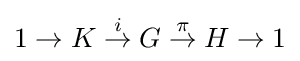
1\to K{\stackrel {i}{{}\to {}}}G{\stackrel {\pi }{{}\to {}}}H\to 1